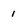
Character: 1